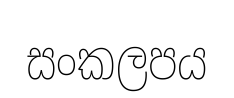
සංකලපය